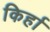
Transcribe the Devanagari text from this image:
किर्हा